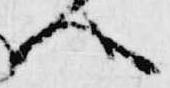
へ